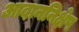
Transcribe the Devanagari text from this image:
आदाननिक्षेप